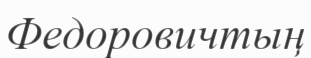
Федоровичтың